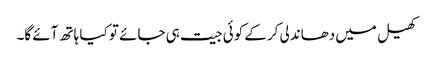
کھیل میں دھاندلی کرکے کوئی جیت ہی جائے تو کیا ہاتھ آئے گا۔